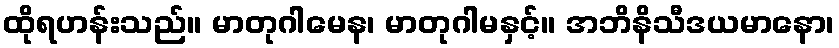
ထိုရဟန်းသည်။ မာတုဂါမေန၊ မာတုဂါမနှင့်။ အဘိနိသီဒယမာနော၊